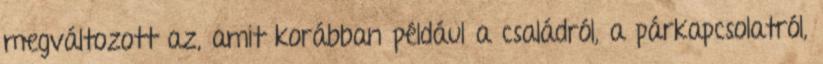
megváltozott az, amit korábban például a családról, a párkapcsolatról,